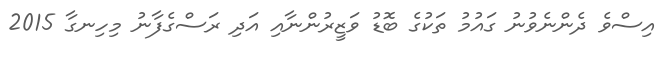
އިސްވެ ދެންނެވުނު ގައުމު ތަކުގެ ބޮޑު ވަޒީރުންނާއި އަދި ރަސްގެފާނު މިހިނގާ 2015